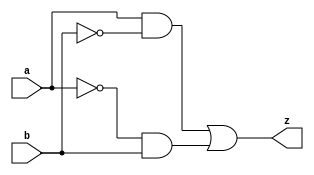
`timescale 1ns / 1ps
//////////////////////////////////////////////////////////////////////////////////
// Company: 
// Engineer: 
// 
// Design Name: 
// Module Name:    XOR 
// Project Name: 
// Target Devices: 
// Tool versions: 
// Description: 
//
// Dependencies: 
//
// Revision: 
// Revision 0.01 - File Created
// Additional Comments: 
//
//////////////////////////////////////////////////////////////////////////////////
module XOR(
    input a,
    input b,
    output z
    );
assign z=((a&~b)|(~a&b));

endmodule